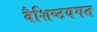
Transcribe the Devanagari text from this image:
वैशिष्टयगत